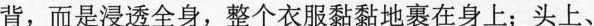
背，而是浸透全身，整个衣服黏黏地裹在身上;头上、